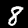
Label: 8